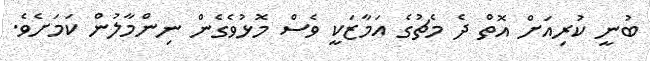
ބުނީ ކުރިއަށް އޮތް ދެ މެޗުގެ އަމާޒަކީ ވެސް މޮޅުވެގެން ނިންމާލުން ކަމަށެވެ.